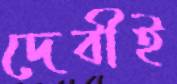
দেবীই